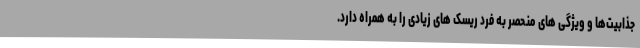
جذابیت‌ها و ویژگی های منحصر به فرد ریسک های زیادی را به همراه دارد.